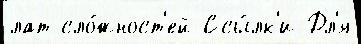
лат сло́жност'ей Ссы́лк'и Дл'я